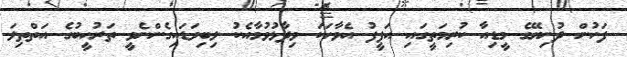
ފަހުން ދުނިޔޭގެ މީޑިއާ ކުރިމަތީގައި އަފީފު އެވާހަކަ ވިދާޅުވުމާއެކު ލިބިވަޑައިގެންނެވީ ތަރުހީބުގެ އަތްތިލަ